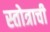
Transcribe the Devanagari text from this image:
स्तोत्राची